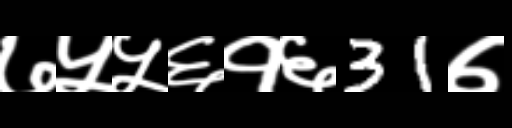
Text: ७५५६१६31७